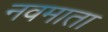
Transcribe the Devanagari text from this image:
नवमाता